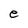
Character: e